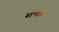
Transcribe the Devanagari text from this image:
सभसे